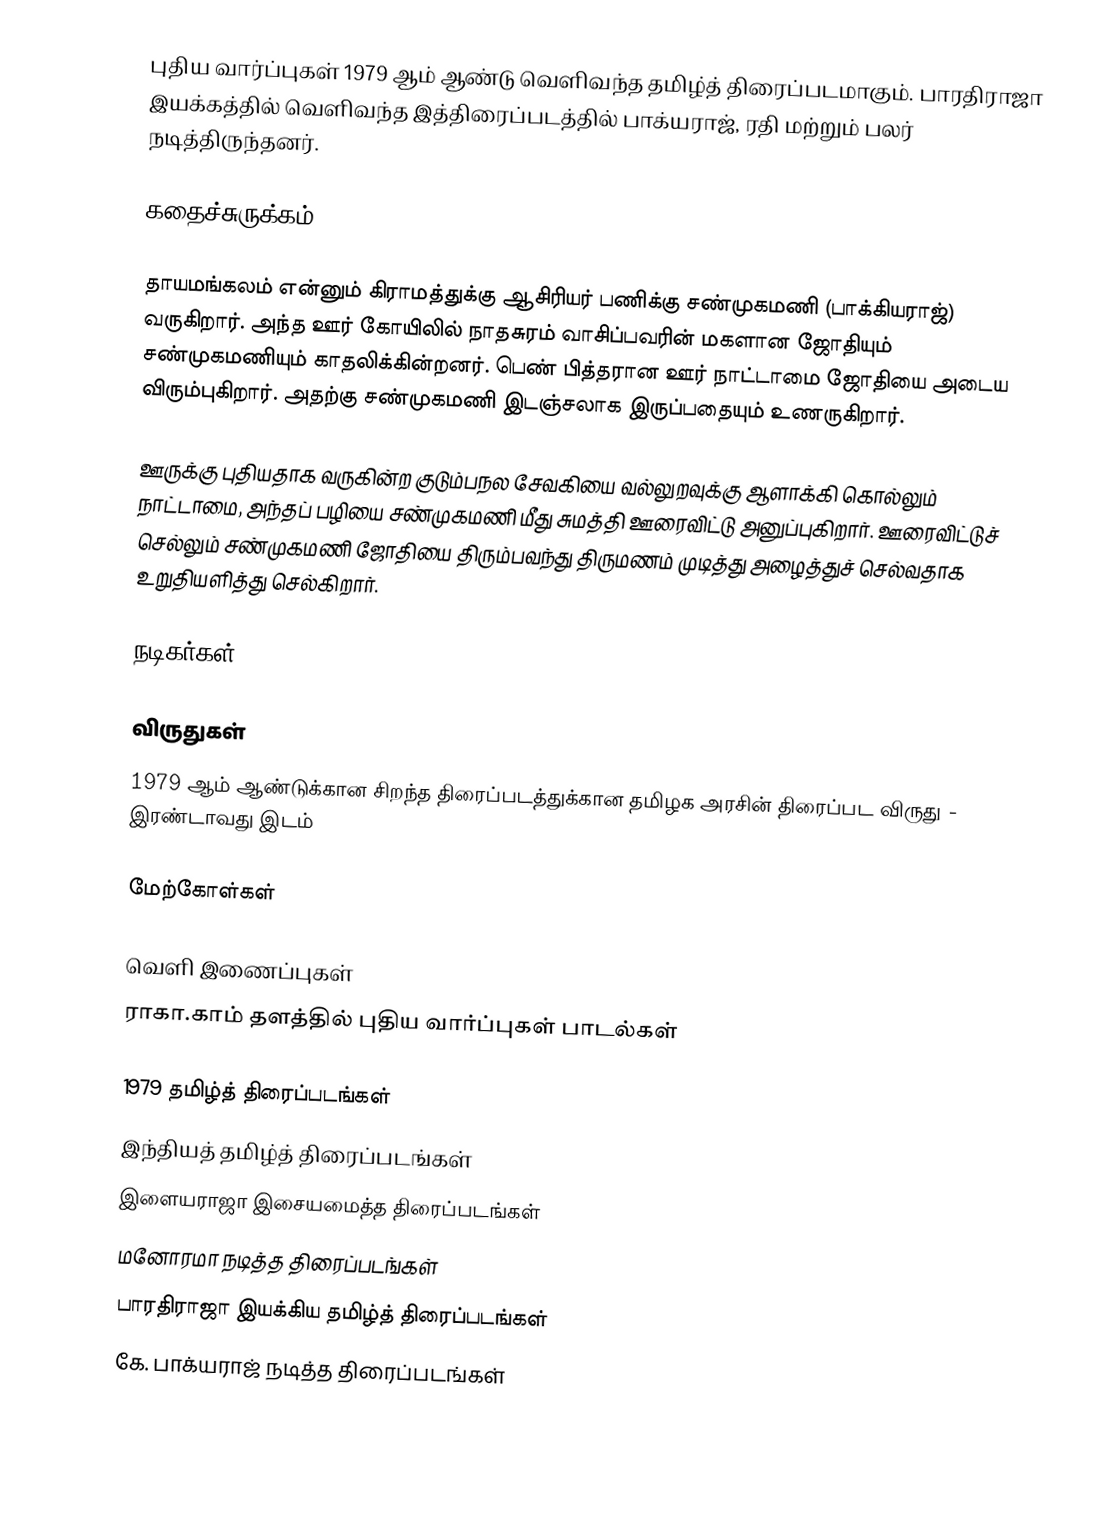
புதிய வார்ப்புகள் 1979 ஆம் ஆண்டு வெளிவந்த தமிழ்த் திரைப்படமாகும். பாரதிராஜா இயக்கத்தில் வெளிவந்த இத்திரைப்படத்தில் பாக்யராஜ், ரதி மற்றும் பலர் நடித்திருந்தனர்.

கதைச்சுருக்கம்

தாயமங்கலம் என்னும் கிராமத்துக்கு ஆசிரியர் பணிக்கு சண்முகமணி (பாக்கியராஜ்) வருகிறார். அந்த ஊர் கோயிலில் நாதசுரம் வாசிப்பவரின் மகளான ஜோதியும் சண்முகமணியும் காதலிக்கின்றனர். பெண் பித்தரான  ஊர் நாட்டாமை ஜோதியை அடைய விரும்புகிறார். அதற்கு சண்முகமணி இடஞ்சலாக இருப்பதையும் உணருகிறார்.

ஊருக்கு புதியதாக வருகின்ற குடும்பநல சேவகியை  வல்லுறவுக்கு ஆளாக்கி கொல்லும் நாட்டாமை, அந்தப் பழியை சண்முகமணி மீது சுமத்தி ஊரைவிட்டு அனுப்புகிறார். ஊரைவிட்டுச் செல்லும் சண்முகமணி ஜோதியை திரும்பவந்து திருமணம் முடித்து அழைத்துச் செல்வதாக உறுதியளித்து செல்கிறார்.

நடிகர்கள்

விருதுகள்
 1979 ஆம் ஆண்டுக்கான சிறந்த திரைப்படத்துக்கான தமிழக அரசின் திரைப்பட விருது  - இரண்டாவது இடம்

மேற்கோள்கள்

வெளி இணைப்புகள்
 ராகா.காம் தளத்தில் புதிய வார்ப்புகள் பாடல்கள்

1979 தமிழ்த் திரைப்படங்கள்
இந்தியத் தமிழ்த் திரைப்படங்கள்
இளையராஜா இசையமைத்த திரைப்படங்கள்
மனோரமா நடித்த திரைப்படங்கள்
பாரதிராஜா இயக்கிய தமிழ்த் திரைப்படங்கள்
கே. பாக்யராஜ் நடித்த திரைப்படங்கள்